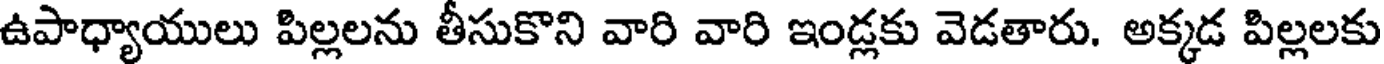
ఉపాధ్యాయులు పిల్లలను తీసుకొని వారి వారి ఇండ్లకు వెడతారు. అక్కడ పిల్లలకు